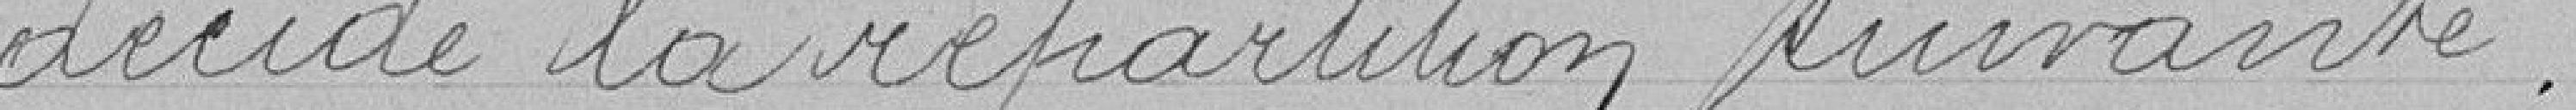
décide la répartition suivante.